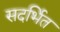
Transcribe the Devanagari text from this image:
सदर्भित